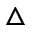
\triangle